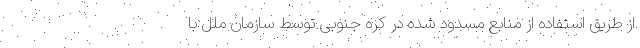
از طریق استفاده از منابع مسدود شده در کره جنوبی توسط سازمان ملل با